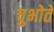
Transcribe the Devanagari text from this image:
चुभोते